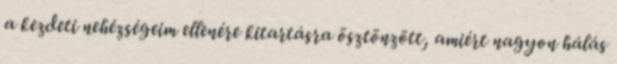
a kezdeti nehézségeim ellenére kitartásra ösztönzött, amiért nagyon hálás